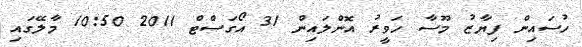
ހުސައިން ފިޔާޒު މޫސާ ހަވީރު އޮންލައިން 31 އޯގަސްޓް 2011 10:50 މާލޭގައި